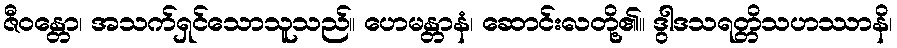
ဇီဝန္တော၊ အသက်ရှင်သောသူသည်။ ဟေမန္တာနံ၊ ဆောင်းလတို့၏။ ဒွါဒသရတ္တိသဟဿာနိ၊